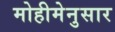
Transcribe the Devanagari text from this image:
मोहीमेनुसार